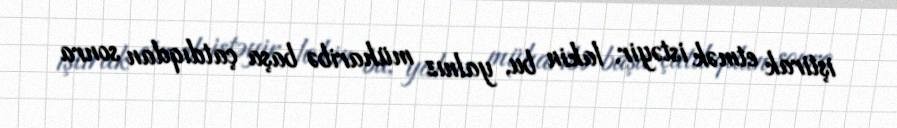
iştirak etmək istəyir, lakin bu, yalnız müharibə başa çatdıqdan sonra